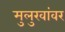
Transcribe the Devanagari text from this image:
मुलुखांवर